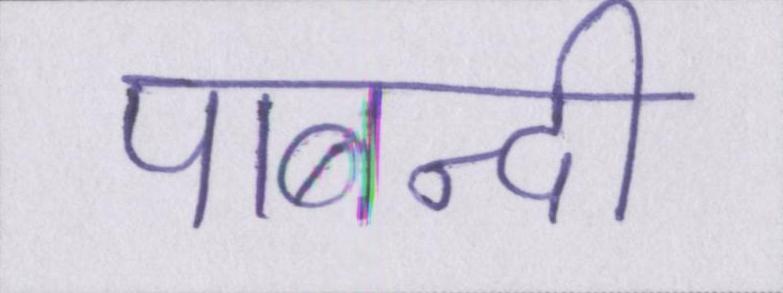
पाबन्दी